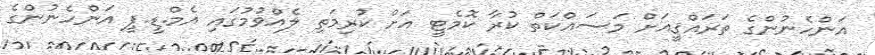
އަންހެނުންގެ ތަރައްޤީއަށް މަސައްކަތް ކުރާ ކޮމެޓީ އަށް ކުރިމަތި ލެއްވުމުގައި އެމް.ޑީ.ޕީ އަންހެނުންގެ